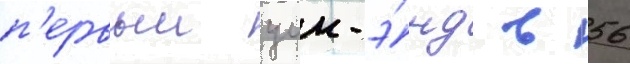
п'ервыи уик-э́нд в 56